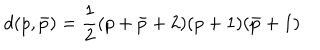
LaTeX: d ( p , \bar { p } ) = { \frac { 1 } { 2 } } ( p + \bar { p } + 2 ) ( p + 1 ) ( \bar { p } + 1 )